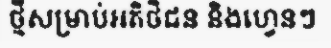
ថ្មីសម្រាប់អតិថិជន និងហ្វេនៗ